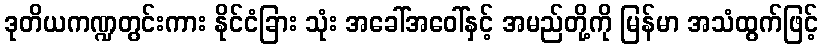
ဒုတိယကဏ္ဍတွင်းကား နိုင်ငံခြား သုံး အခေါ်အဝေါ်နှင့် အမည်တို့ကို မြန်မာ အသံထွက်ဖြင့်